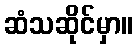
ဆံသဆိုင်မှာ။